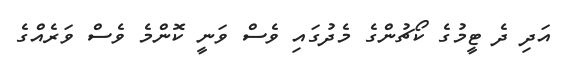
އަދި ދެ ޓީމުގެ ކޯޗުންގެ މެދުގައި ވެސް ވަނީ ކޮންމެ ވެސް ވަރެއްގެ